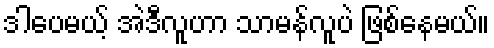
ဒါပေမယ့် အဲဒီလူဟာ သာမန်လူပဲ ဖြစ်နေမယ်။